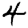
Digit: 4